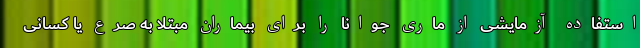
استفاده آزمایشی از ماری جوانا را برای بیماران مبتلا به صرع یا کسانی